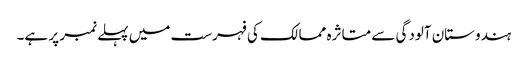
ہندوستان آلودگی سے متاثرہ ممالک کی فہرست میں پہلے نمبر پر ہے۔